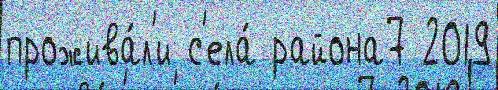
прожива́л'и с'ела́ района7 2019